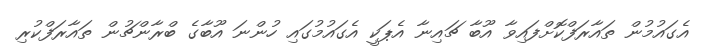
އެގައުމުން ތައާރަފްކޮށްފައިވާ އޫބާ ޗައިނާ އެޕަކީ އެގައުމުގައި ހުންނަ އޫބާގެ ބްރާންޗުން ތައާރަފްކުރި